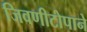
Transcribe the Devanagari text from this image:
जिवणीटोपाने